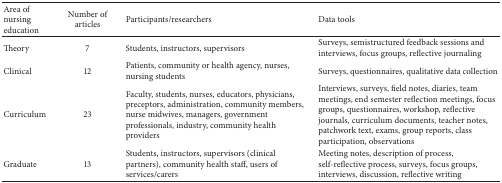
| Area of nursing education | Number of articles | Participants/researchers | Data tools |
 | --- | --- | --- | --- |
 | Theory | 7 | Students, instructors, supervisors | Surveys, semistructured feedback sessions and interviews, focus groups, reflective journaling |
 | Clinical | 12 | Patients, community or health agency, nurses, nursing students | Surveys, questionnaires, qualitative data collection |
 | Curriculum | 23 | Faculty, students, nurses, educators, physicians, preceptors, administration, community members, nurse midwives, managers, government professionals, industry, community health providers | Interviews, surveys, field notes, diaries, team meetings, end semester reflection meetings, focus groups, questionnaires, workshop, reflective journals, curriculum documents, teacher notes, patchwork text, exams, group reports, class participation, observations |
 | Graduate | 13 | Students, instructors, supervisors (clinical partners), community health staff, users of services/carers | Meeting notes, description of process, self-reflective process, surveys, focus groups, interviews, discussion, reflective writing |